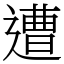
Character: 遭